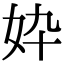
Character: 𫰓